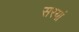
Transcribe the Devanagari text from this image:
सरयां